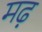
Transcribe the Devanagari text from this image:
मढ़़